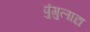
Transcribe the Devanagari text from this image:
पुंगुलाद्य